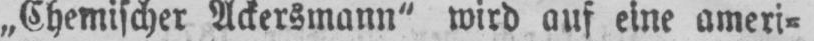
„Chemischer Ackersmann“ wird auf eine ameri⸗